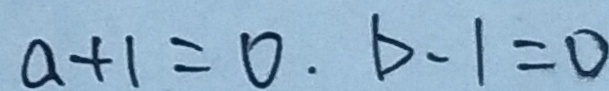
a + 1 = 0 . b - 1 = 0